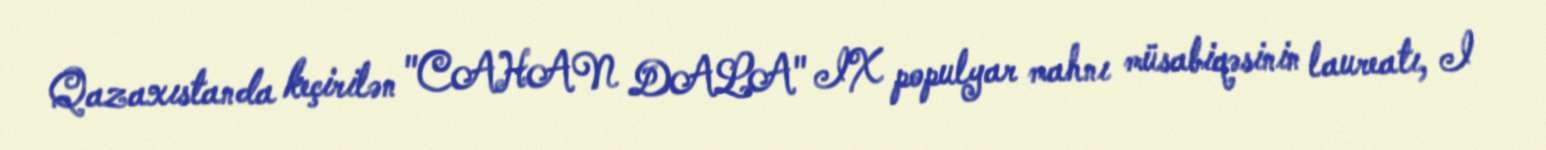
Qazaxıstanda keçirilən "CAHAN DALA" IX populyar mahnı müsabiqəsinin laureatı, I